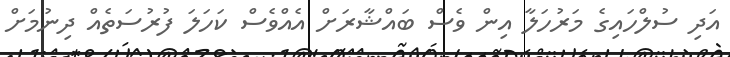
އަދި ސުލްހައިގެ މަރުހަލާ އިން ވެސް ބައްޝާރަށް އެއްވެސް ކަހަލަ ފުރުސަތެއް ދިނުމަށް